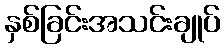
နှစ်ခြင်းအသင်းချုပ်